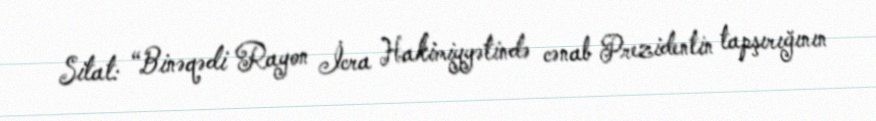
Sitat: “Binəqədi Rayon İcra Hakimiyyətində cənab Prezidentin tapşırığının